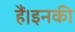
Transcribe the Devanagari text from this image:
हैं।इनकी